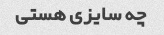
چه سایزی هستی